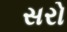
સરો